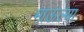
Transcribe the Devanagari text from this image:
माऊल्या